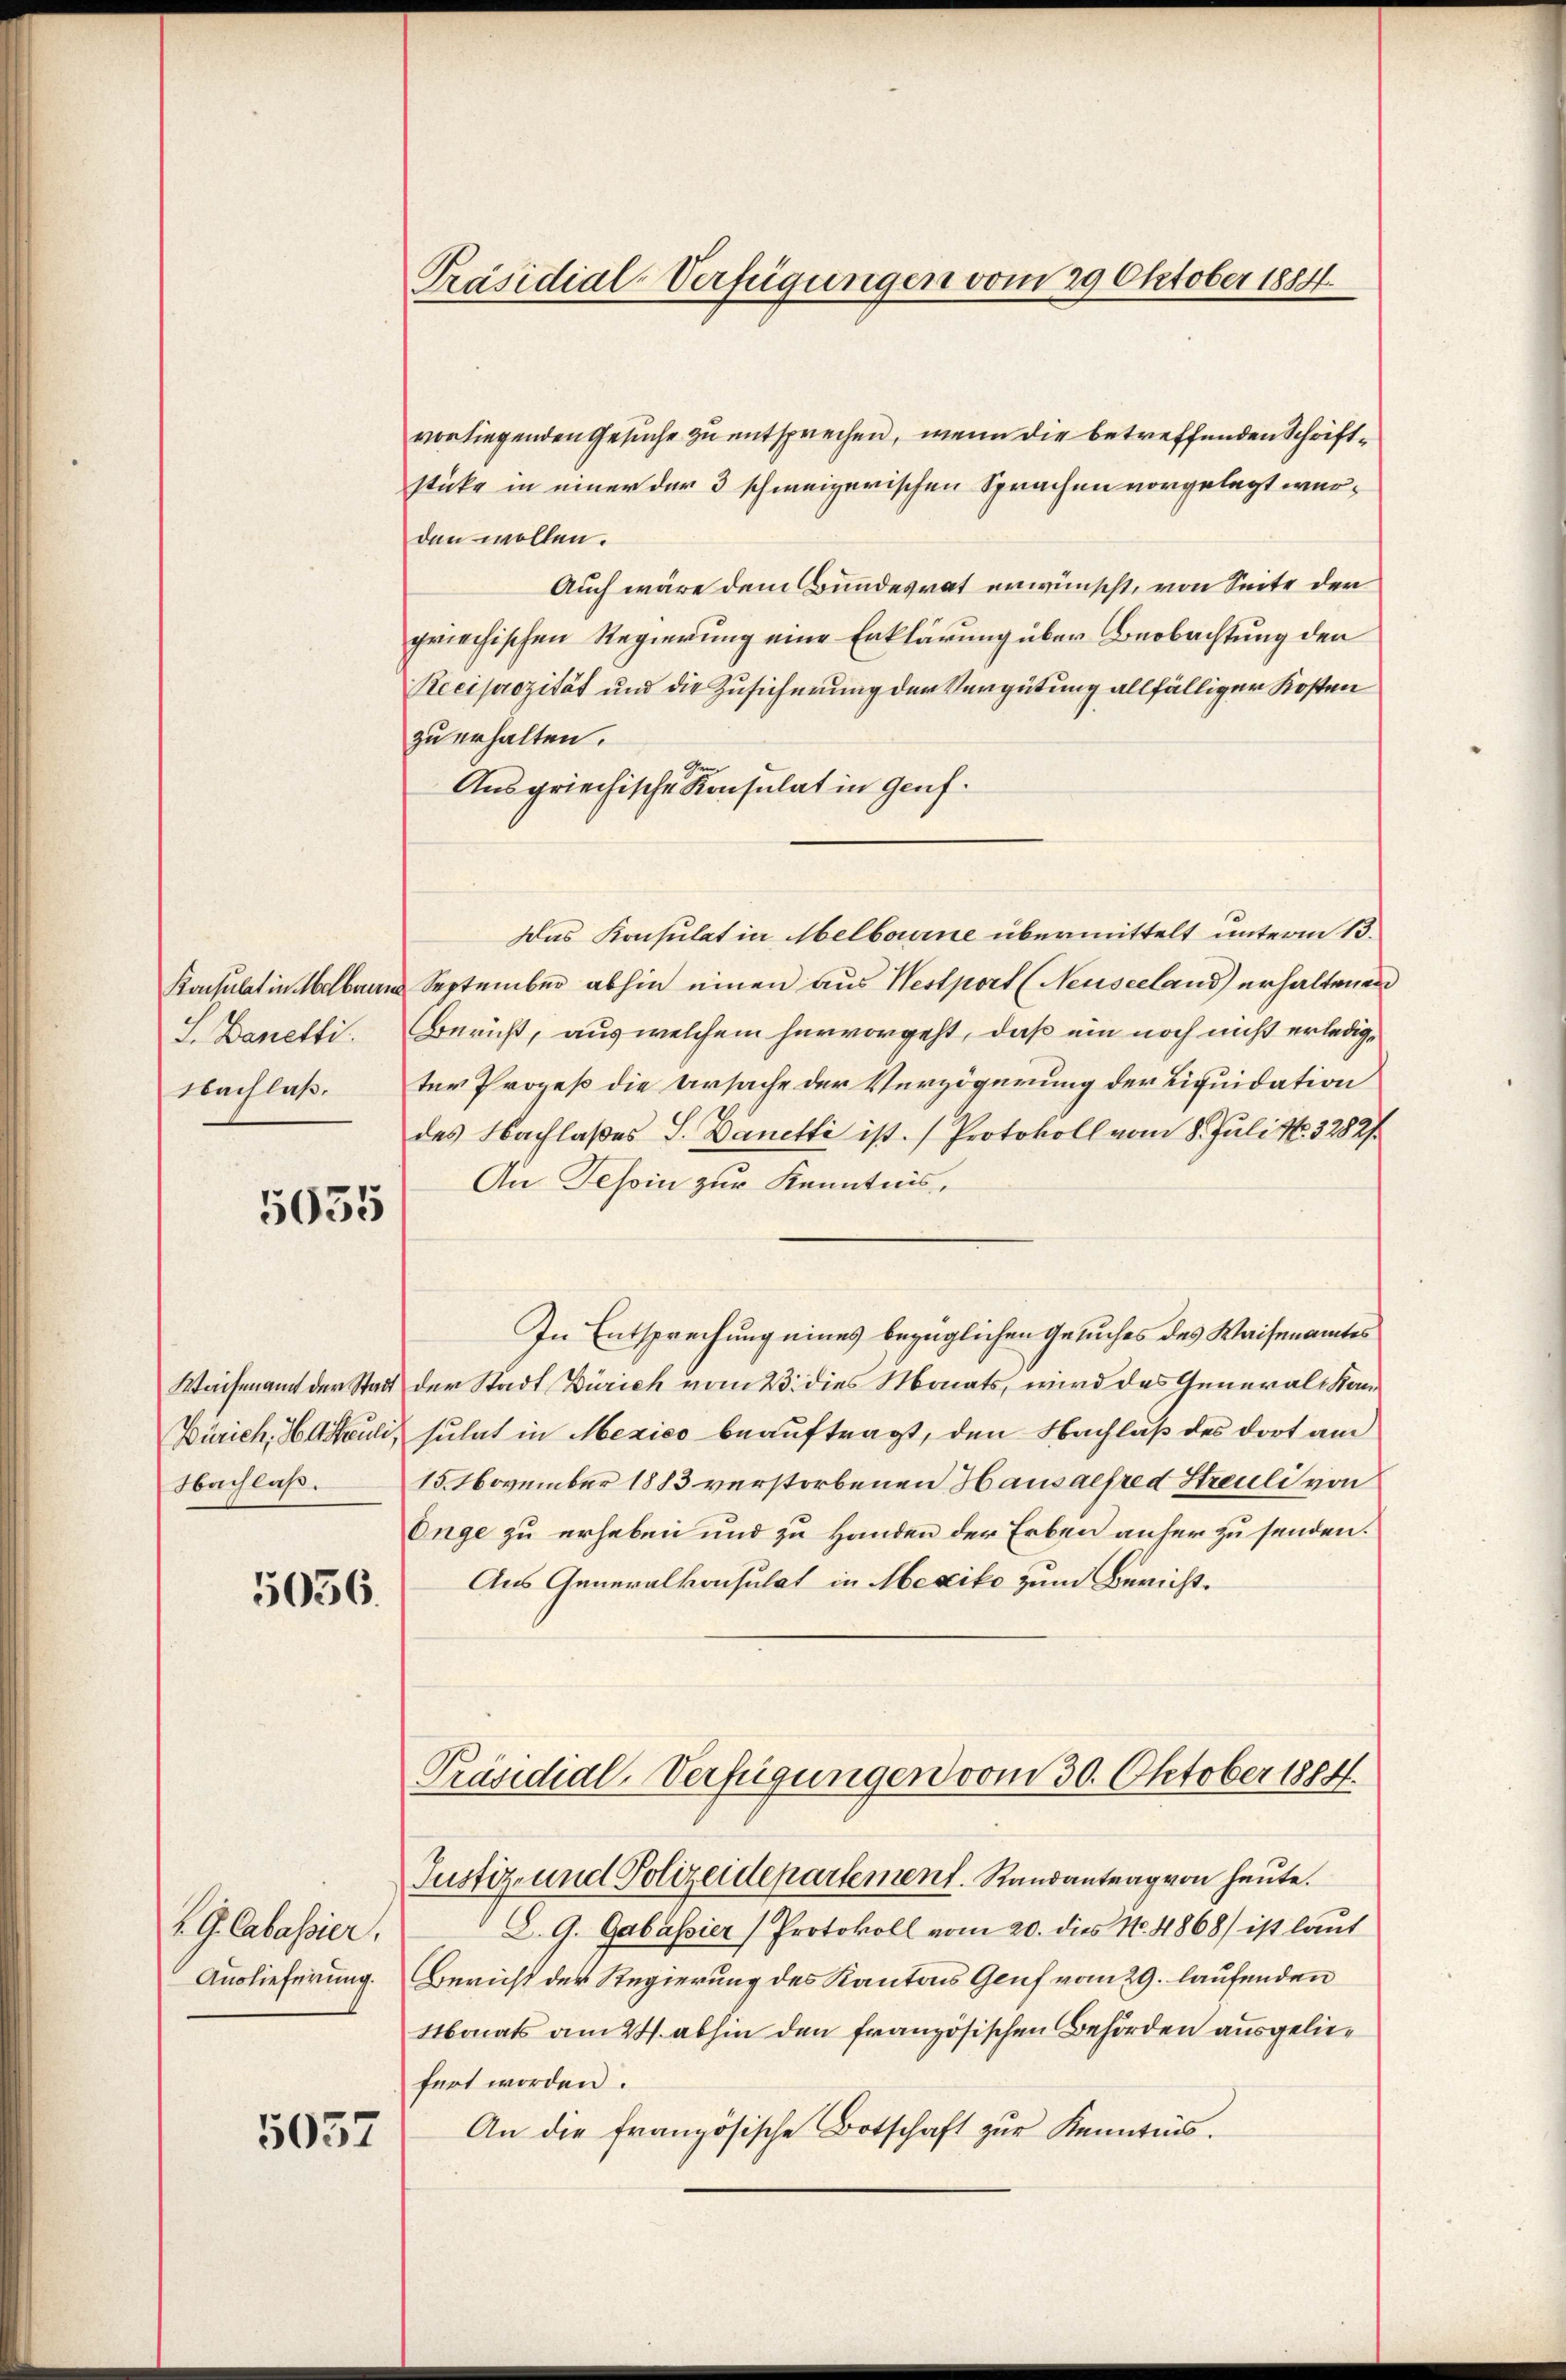
Konsulat in Melbrunne
L. Danetti.
Nachlaß.

5035

Nachlaß.

5056.

. G. Cabassier.
Auslieferung.

5057

Präsidial-Verfügungen vom 29 Oktober 1884

vorliegenden Gesuche zu entsprechen, wenn die betreffenden Schriftstücke in einer der 3 schweizerischen Sprachen vorgelegt wurden wollen.
Auch wäre dem Bundesrat erwünscht, von Seite der
griechischen Regierung eine Erklärung über Beobachtung der
Reciprozität und die Zusicherung der Vergütung allfälliger Kosten
zu erhalten.
Ausgriechische Konsulat in Genf.
Das Konsulatin Melborne übermittelt unterm 13.
 September abhin einen aus Nestport (Neuseeland) erhaltenen
Bericht, aus welchem hervorgeht, daß ein noch nicht erledigter Prozeß die Ursache der Verzögerung der Liquidation
des Nachlaßes S. Danetti ist. (Protokoll vom 8. Juli N. 32827.
An Tessin zur Kenntnis,
In Entsprechung eines bezüglichen Gesuches des Waisenamtes
Waisenamt der Stadt der Stadt Zürich vom 23. dies Monats, wird das Generali Kan¬
Zürich, Heuli, sulat in Mexico beauftragt, den Nachlaß des dort am
15. November 1883 verstorbenen Hausaefred Streuli von
Enge zu erheben und zu Handen der Erben anher zu senden.
Aus Generalkonsulat in Mexiko zum Bericht¬
Präsidial-Verfügungen vom 30. Oktober 1884.

Justiz- und Polizeidepartement. Randantrag von heute.
S. G. Gabassier Protokoll vom 20. dies No. 4868) ist laut
Bericht der Regierung des Kantons Genf vom 29. laufenden
Monats am 24. abhin den französischen Behörden ausgeliefert worden.
An die französische Botschaft zur Kenntnis.